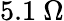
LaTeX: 5.1\ \Omega